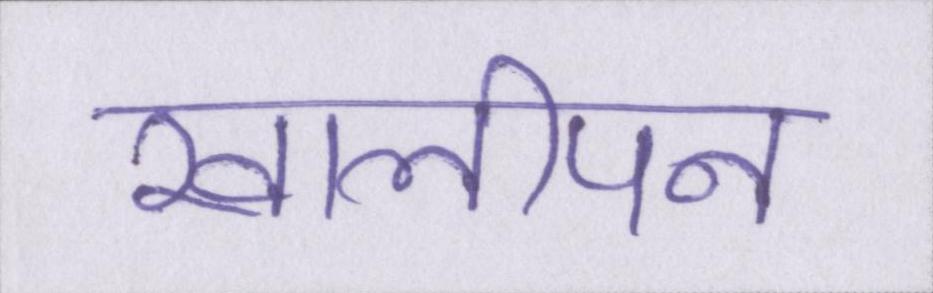
खालीपन